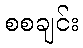
စစချင်း